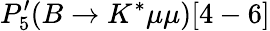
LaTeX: P_{5}^{\prime}(B\to K^{*}\mu\mu)[4-6]